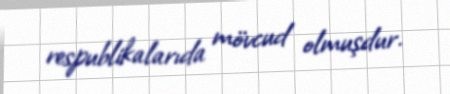
respublikalarıda mövcud olmuşdur.